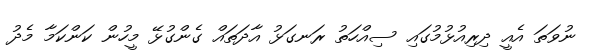
ނުވަތަ އެއީ ދިރިއުޅުމުގައި ސިއްހަތު ރަނގަޅު އާދަތައް ގެންގުޅޭ މީހުން ކަންކަމާ މެދު